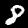
Label: 8